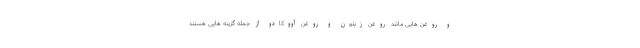
و روغن هایی مانند روغن زیتون و روغن آووکادو از جمله گزینه هایی هستند